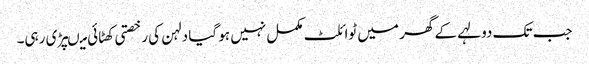
جب تک دولہے کے گھر میں ٹوائلٹ مکمل نہیں ہو گیا دلہن کی رخصتی کھٹائی میںپڑی رہی۔